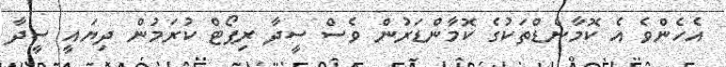
އެހެންވެ އެ ކޮމާންޑްތަކުގެ ކޮމާންޑަރުން ވެސް ސީދާ ރިޕޯޓް ކުރަމުން ދިޔައީ ސީދާ